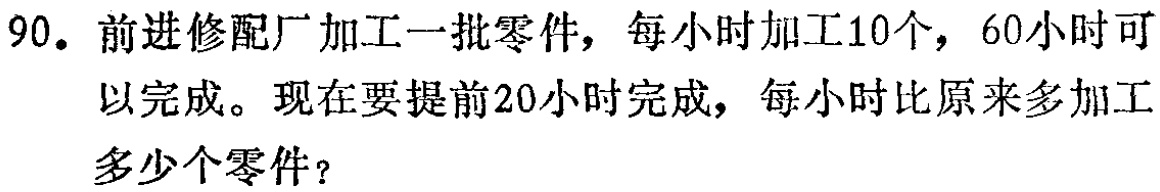
90. 前进修配厂加工一批零件，每小时加工10个，60小时可以完成。现在要提前20小时完成，每小时比原来多加工多少个零件？